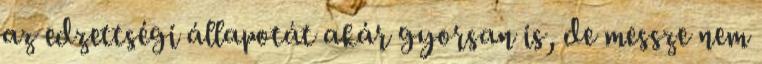
az edzettségi állapotát akár gyorsan is, de messze nem